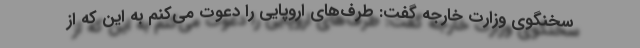
سخنگوی وزارت خارجه گفت: طرف‌های اروپایی را دعوت می‌کنم به این که از